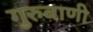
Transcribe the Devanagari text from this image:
गुरुबाणी